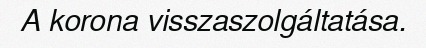
A korona visszaszolgáltatása.